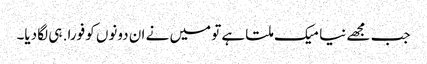
جب مجھے نیا میک ملتا ہے تو میں نے ان دونوں کو فورا. ہی لگا دیا۔